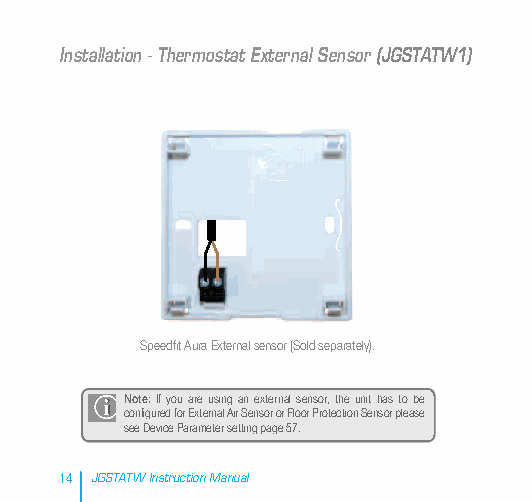
Installation - Thermostat External Sensor (JGSTATW1)
 Speedfit Aura External sensor (Sold separately).
 Note:If you are using an external sensor, the unit has to be
 configured for External Air Sensor or Floor Protection Sensor please
 see Device Parameter setting page 57.
 14 JGSTATW Instruction Manual